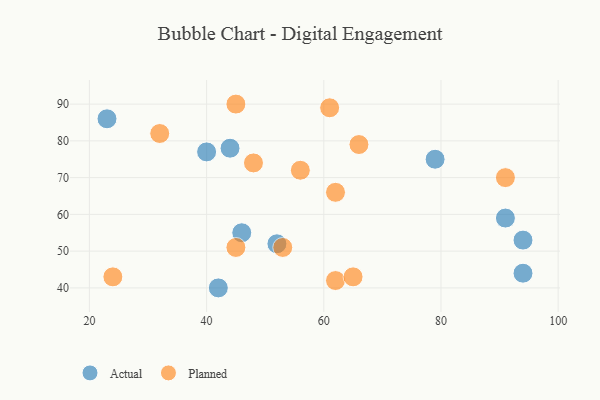
{"axis": {"x": "GDP", "y": "Life Expectancy"}, "legend": ["Actual", "Planned"], "data": [{"x": "46", "y": 55, "type": "Actual"}, {"x": "42", "y": 40, "type": "Actual"}, {"x": "23", "y": 86, "type": "Actual"}, {"x": "40", "y": 77, "type": "Actual"}, {"x": "52", "y": 52, "type": "Actual"}, {"x": "94", "y": 53, "type": "Actual"}, {"x": "79", "y": 75, "type": "Actual"}, {"x": "91", "y": 59, "type": "Actual"}, {"x": "44", "y": 78, "type": "Actual"}, {"x": "94", "y": 44, "type": "Actual"}, {"x": "62", "y": 42, "type": "Planned"}, {"x": "24", "y": 43, "type": "Planned"}, {"x": "45", "y": 90, "type": "Planned"}, {"x": "53", "y": 51, "type": "Planned"}, {"x": "48", "y": 74, "type": "Planned"}, {"x": "66", "y": 79, "type": "Planned"}, {"x": "45", "y": 51, "type": "Planned"}, {"x": "62", "y": 66, "type": "Planned"}, {"x": "56", "y": 72, "type": "Planned"}, {"x": "65", "y": 43, "type": "Planned"}, {"x": "32", "y": 82, "type": "Planned"}, {"x": "91", "y": 70, "type": "Planned"}, {"x": "61", "y": 89, "type": "Planned"}]}